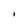
Character: l